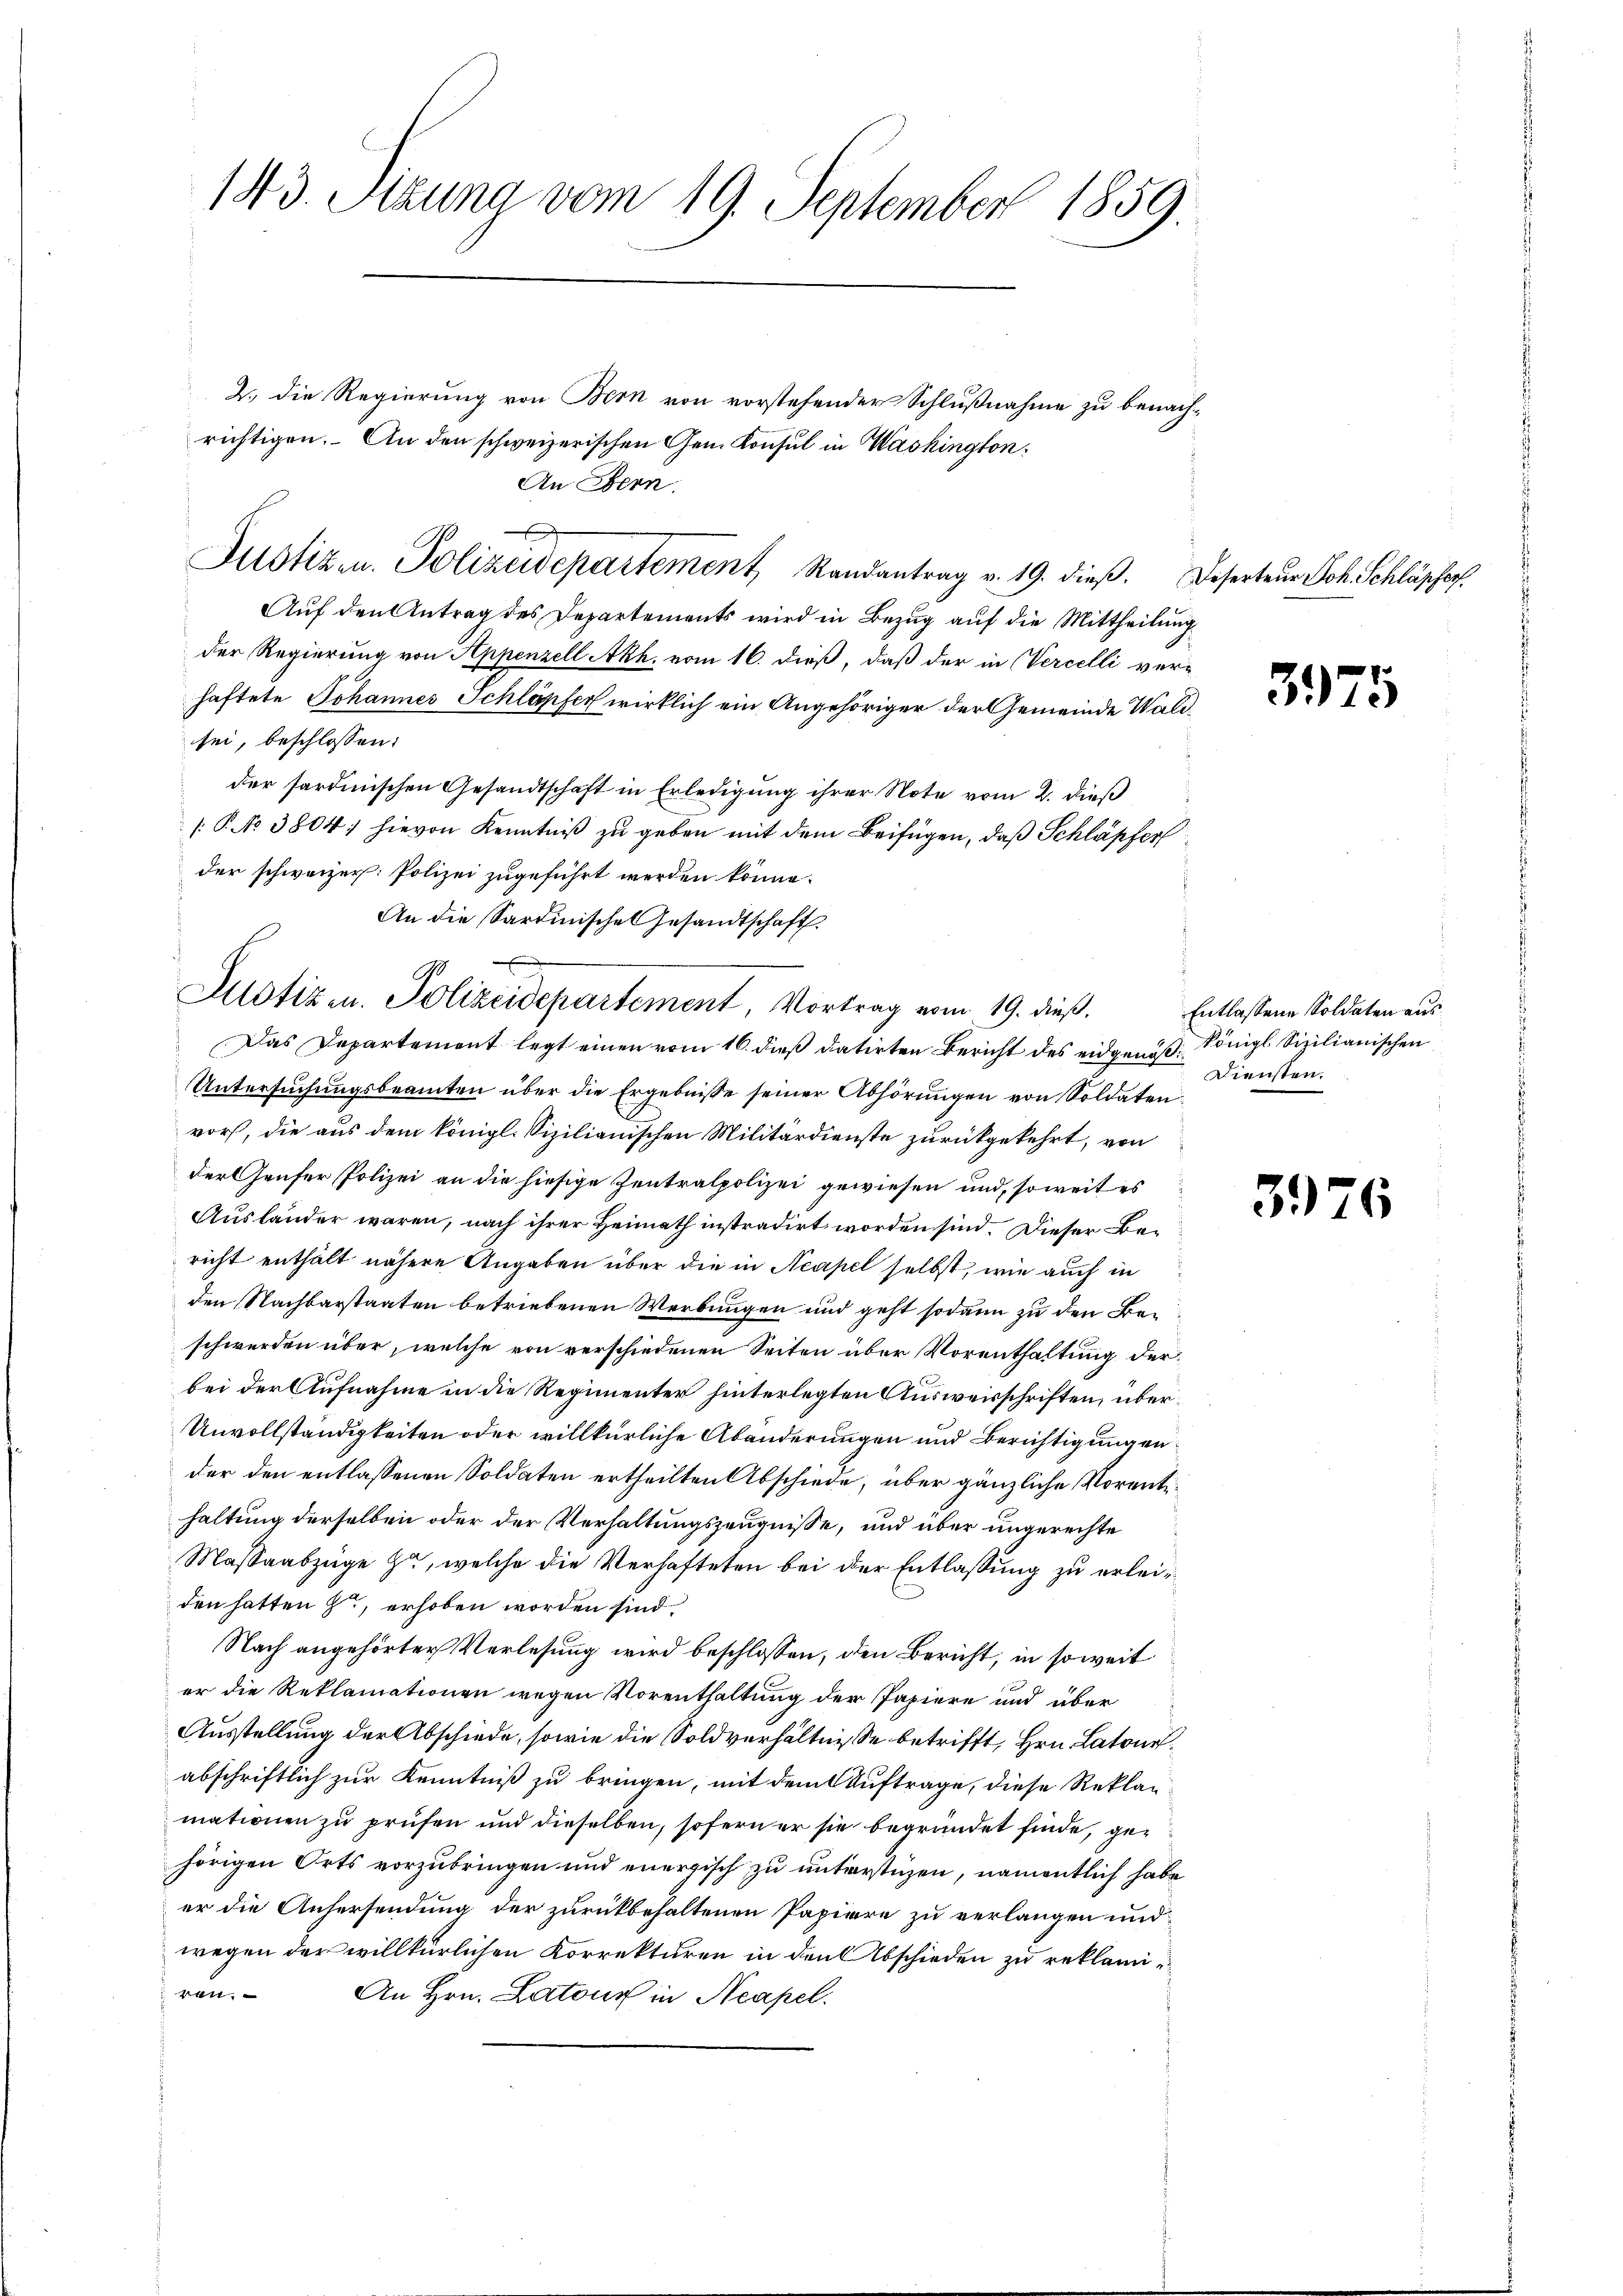
143. Sitzung vom 19. September 1859.

2. die Regierung von Bern von vorstehender Schlußnahme zu benachrichtigen. An den schweizerischen Gem. Konsul in Washington
Justizen. Polizeidepartement Randantrag v. 19. dieß. Deserteur Joh. Schläpfer
Auf den Antrag des Departements wird in Bezug auf die Mittheilung
der Regierung von Appenzell Akh. vom 16. dieß, daß der in Vercelli ver-
haftete Johannes Schläpfer wirklich ein Angehöriger der Gemeinde Waldsei, beschlossen:
der sardinischen Gesandtschaft in Erledigung ihrer Note vom 2. dieß
[.P. No 3804; hievon Kenntniß zu geben mit dem Beifügen, daß Schläpfer
der schweizer. Polizei zugeführt werden könne.
Das Departemont legt einen vom 16. dieß datirten Bericht des eidgenoß Königl. Sizilianischen
Untersuchungsbeamten über die Ergebnisse seiner Abhörungen von Soldaten.
vor, die aus dem königl. Sizilianischen Militärdienste zurückgekehrt, von
der Genfer Polizei an die hiesige Zentralpolizei gewiesen und, soweit es
Ausländer waren, nach ihrer Heimath instradirt worden sind. Dieser Bericht enthält nähere Angaben über die in Neapel selbst, wie auch in
den Nachbarstaaten betriebenen Werbungen und geht sodann zu den Beischwerden über, welche von verschiedenen Seiten über Vorenthaltung der
bei der Aufnahme in die Regimenter hinterlegten Ausweisschriften, über¬
Unvollständigkeiten oder willkürliche Abänderungen und Berichtigungen
der den entlassenen Soldaten ertheilten Abschiede, über gänzliche Vorentihaltung derselben oder der Verhaltungszeugnisse, und über ungerechte
Massaabzüge zu, welche die Verhafteten bei der Entlassung zu erleiden hatten zu, erhoben worden sind.
Nach angehörter Verlesung wird beschlossen, den Bericht, in soweit
er die Reklamationen wegen Vorenthaltung der Papiere und über
Ausstellung der Abschiede, sowie die Soldverhältnisse betrifft, Hrn. Latone.
abschriftlich zur Kenntniß zu bringen, mit dem Auftrage, diese Rekla-
mationen zu prüfen und dieselben, sofern er sie begründet finde, gehörigen Orts vorzubringen und energisch zu unterstüzen, namentlich habe
er die Anhersendung der zurückbehaltenen Papiere zu verlangen und
wegen der willkürlichen Korrekturen in den Abschieden zu reklamiren.
An Hrn. Latone in Neapel.

An Bern.

An die Sardinische Gesandtschaft.
Justizen. Polizeidepartement, Vortrag vom 19. dieß.

3975

Entlassene Soldaten aus.
Diensten.

3976